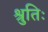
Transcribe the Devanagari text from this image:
श्रुतिः